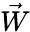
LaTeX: \vec{W}